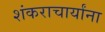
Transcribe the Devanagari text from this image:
शंकराचार्यांना